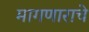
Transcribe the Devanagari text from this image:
मागणाराचे